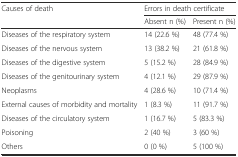
| <ROWSPAN=2> Causes of death | <COLSPAN=2> Errors in death certificate |
 | Absent n (%) | Present n (%) |
 | --- | --- | --- |
 | Diseases of the respiratory system | 14 (22.6 %) | 48 (77.4 %) |
 | Diseases of the nervous system | 13 (38.2 %) | 21 (61.8 %) |
 | Diseases of the digestive system | 5 (15.2 %) | 28 (84.9 %) |
 | Diseases of the genitourinary system | 4 (12.1 %) | 29 (87.9 %) |
 | Neoplasms | 4 (28.6 %) | 10 (71.4 %) |
 | External causes of morbidity and mortality | 1 (8.3 %) | 11 (91.7 %) |
 | Diseases of the circulatory system | 1 (16.7 %) | 5 (83.3 %) |
 | Poisoning | 2 (40 %) | 3 (60 %) |
 | Others | 0 (0 %) | 5 (100 %) |